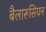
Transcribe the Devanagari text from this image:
बैलारूसियन